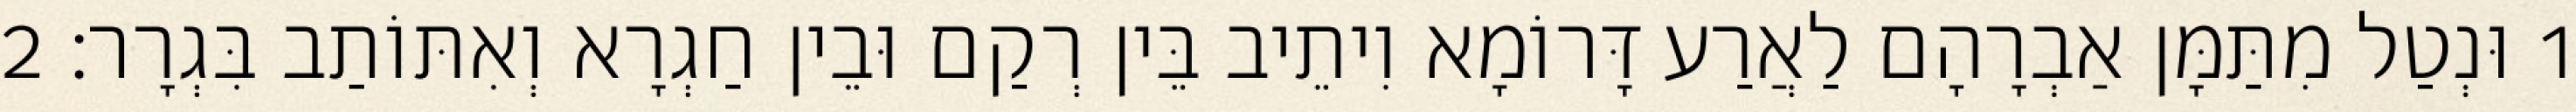
1 וּנְטַל מִתַּמָּן אַבְרָהָם לַאֲרַע דָּרוֹמָא וִיתֵיב בֵּין רְקַם וּבֵין חַגְרָא וְאִתּוֹתַב בִּגְרָר׃ 2